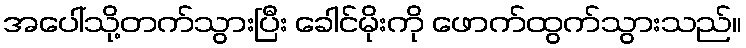
အပေါ်သို့တက်သွားပြီး ခေါင်မိုးကို ဖောက်ထွက်သွားသည်။